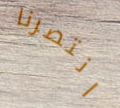
انتصرنا